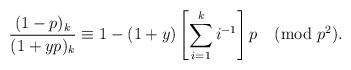
LaTeX: \begin{align*}\frac{(1-p)_k}{(1+yp)_k} \equiv 1 - (1+y)\left[ \sum_{i=1}^k i^{-1} \right]p \pmod{p^2}.\end{align*}